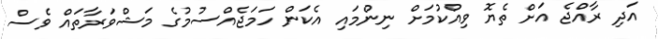
އަދި ރާއްޖެ އަށް ތެޔޮ ވިއްކުމަށް ނިންމައި އެކަން ހަމަޖެއްސުމުގެ މަޝްވަރާތައް ވެސް